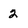
Character: 2